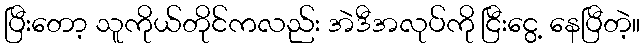
ပြီးတော့ သူကိုယ်တိုင်ကလည်း အဲဒီအလုပ်ကို ငြီးငွေ့ နေပြီတဲ့။